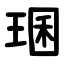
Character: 㻒